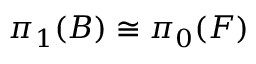
\pi _ { 1 } ( B ) \cong \pi _ { 0 } ( F )